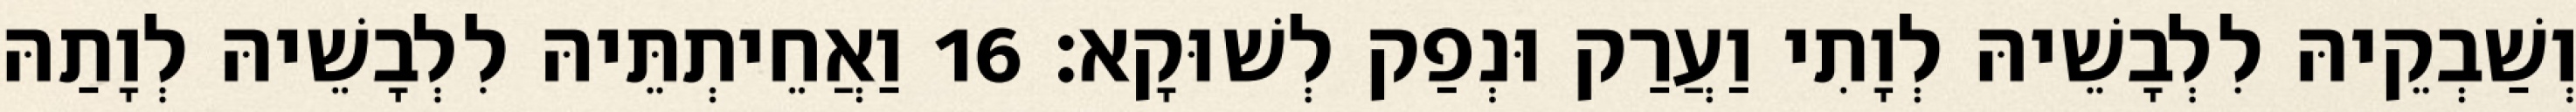
וְשַׁבְקֵיהּ לִלְבָשֵׁיהּ לְוָתִי וַעֲרַק וּנְפַק לְשׁוּקָא׃ 16 וַאֲחֵיתְתֵּיהּ לִלְבָשֵׁיהּ לְוָתַהּ